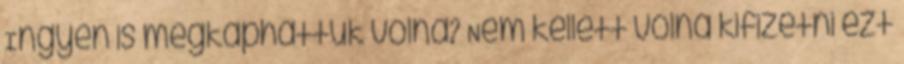
Ingyen is megkaphattuk volna? Nem kellett volna kifizetni ezt